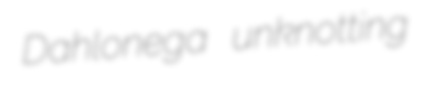
Dahlonega unknotting